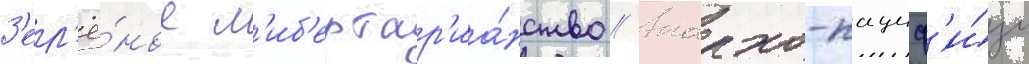
З'ел'ё́ное л'иб'ертар'иа́нство // Анархо-пациф'и́зм